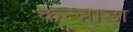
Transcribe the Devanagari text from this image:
कन्न्नाडा